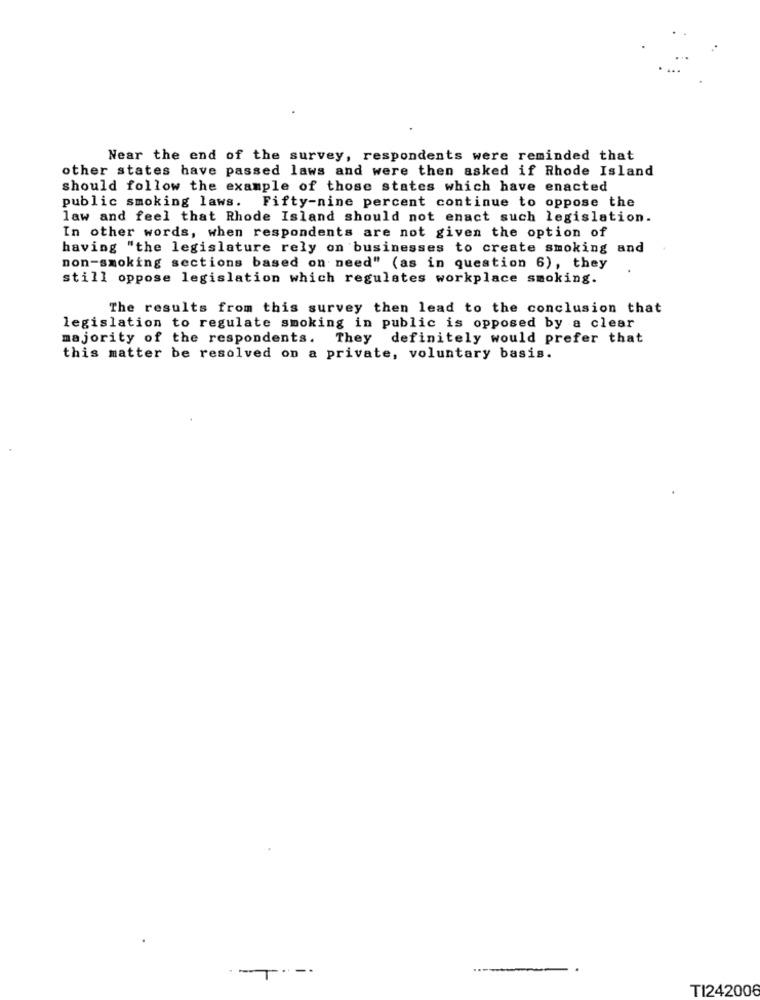
Near the end of the survey, respondents were reminded that
other states have passed laws and were then asked if Rhode Island
should follow the example of those states which have enacted
public smoking laws. Fifty-nine percent continue to oppose the
law and feel that Rhode Island should not enact such legislation.
In other words, when respondents are not given the option of
having "the legislature rely on businesses to create smoking and
non-smoking sections based on need" (as in question 6), they
still oppose legislation which regulates workplace smoking.
The results from this survey then lead to the conclusion that
legislation to regulate smoking in public is opposed by a clear
majority of the respondents. They definitely would prefer that
this matter be resolved on a private, voluntary basis.
TI242006